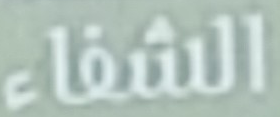
الشفاء